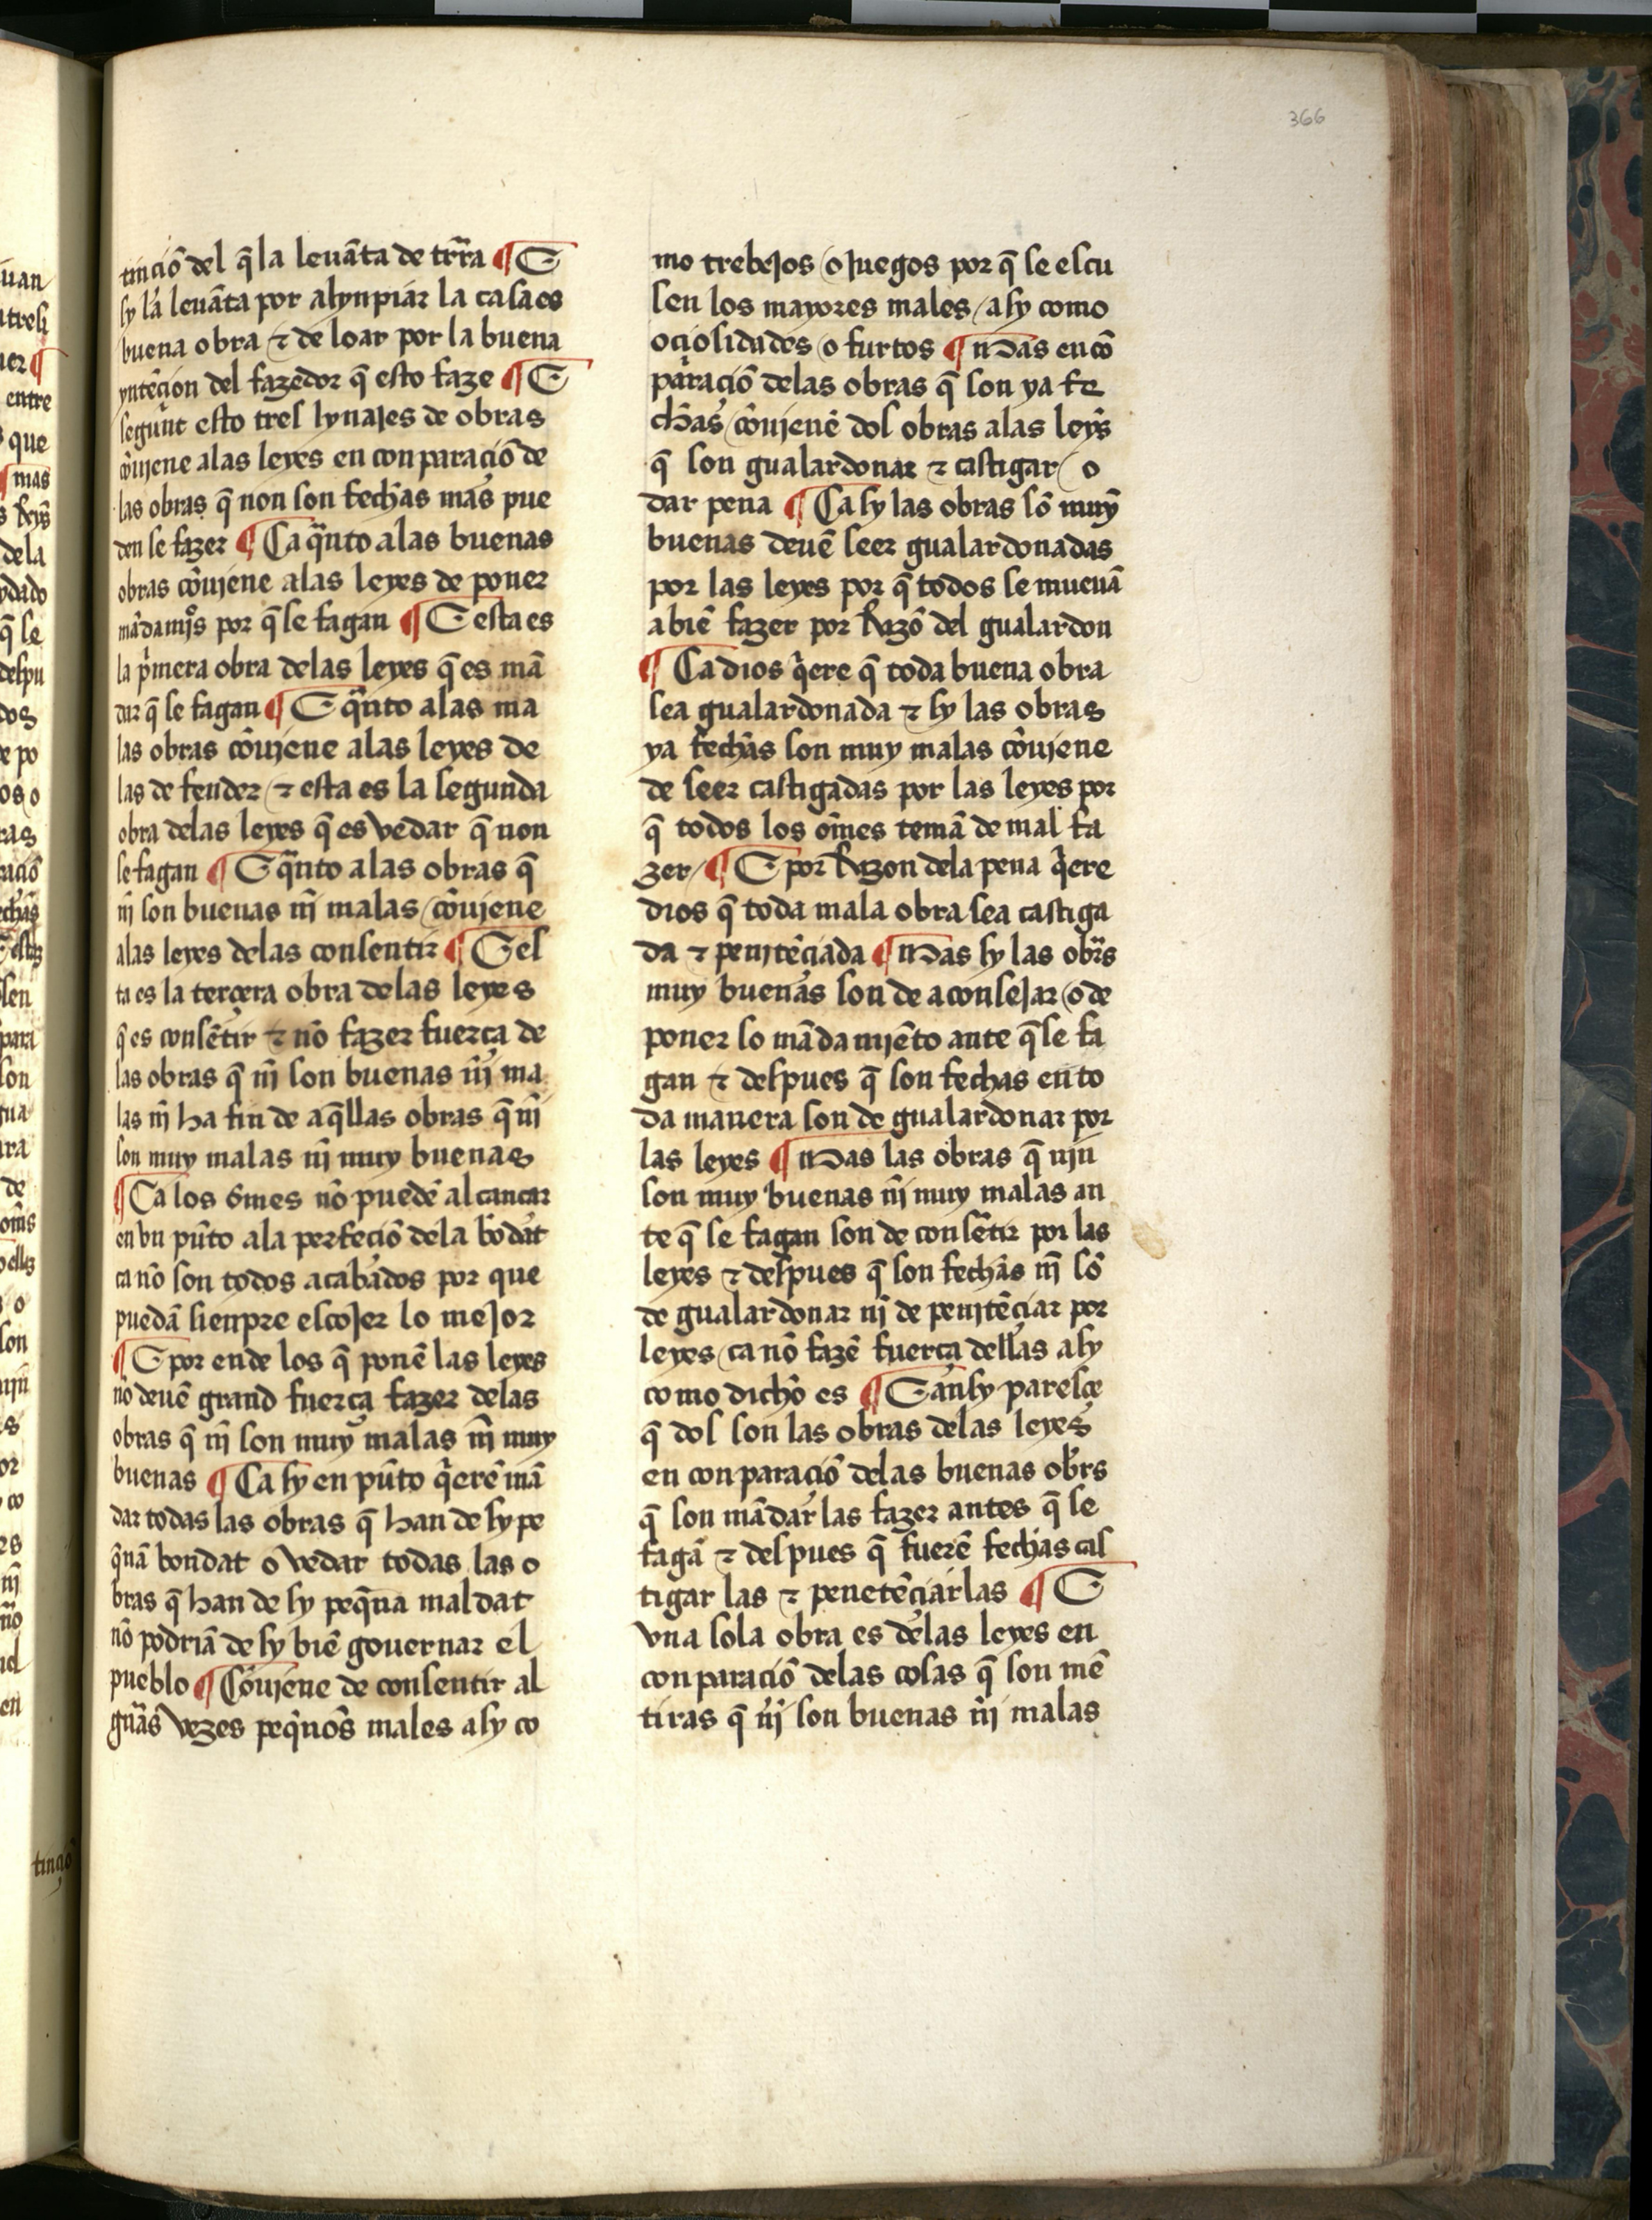
Shelfmark: Salamanca, Biblioteca Histórica USAL, 2709
Century: 15